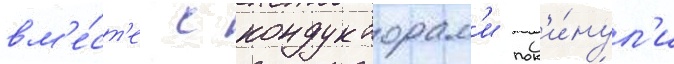
вм'е́ст'е с кондукторам'и пок'и́нул'и